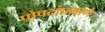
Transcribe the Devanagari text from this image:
पोपटांप्रमाणे